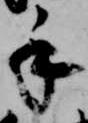
手